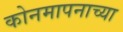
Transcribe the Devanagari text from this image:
कोनमापनाच्या